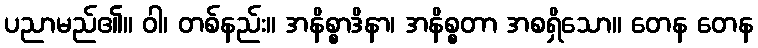
ပညာမည်၏။ ဝါ၊ တစ်နည်း။ အနိစ္စာဒိနာ၊ အနိစ္စတာ အစရှိသော။ တေန တေန